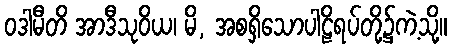
ဝဒါမီတိ အာဒီသုဝိယ၊ မိ, အစရှိသောပါဠိရပ်တို့၌ကဲ့သို့။